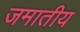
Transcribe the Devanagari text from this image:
जमातीय